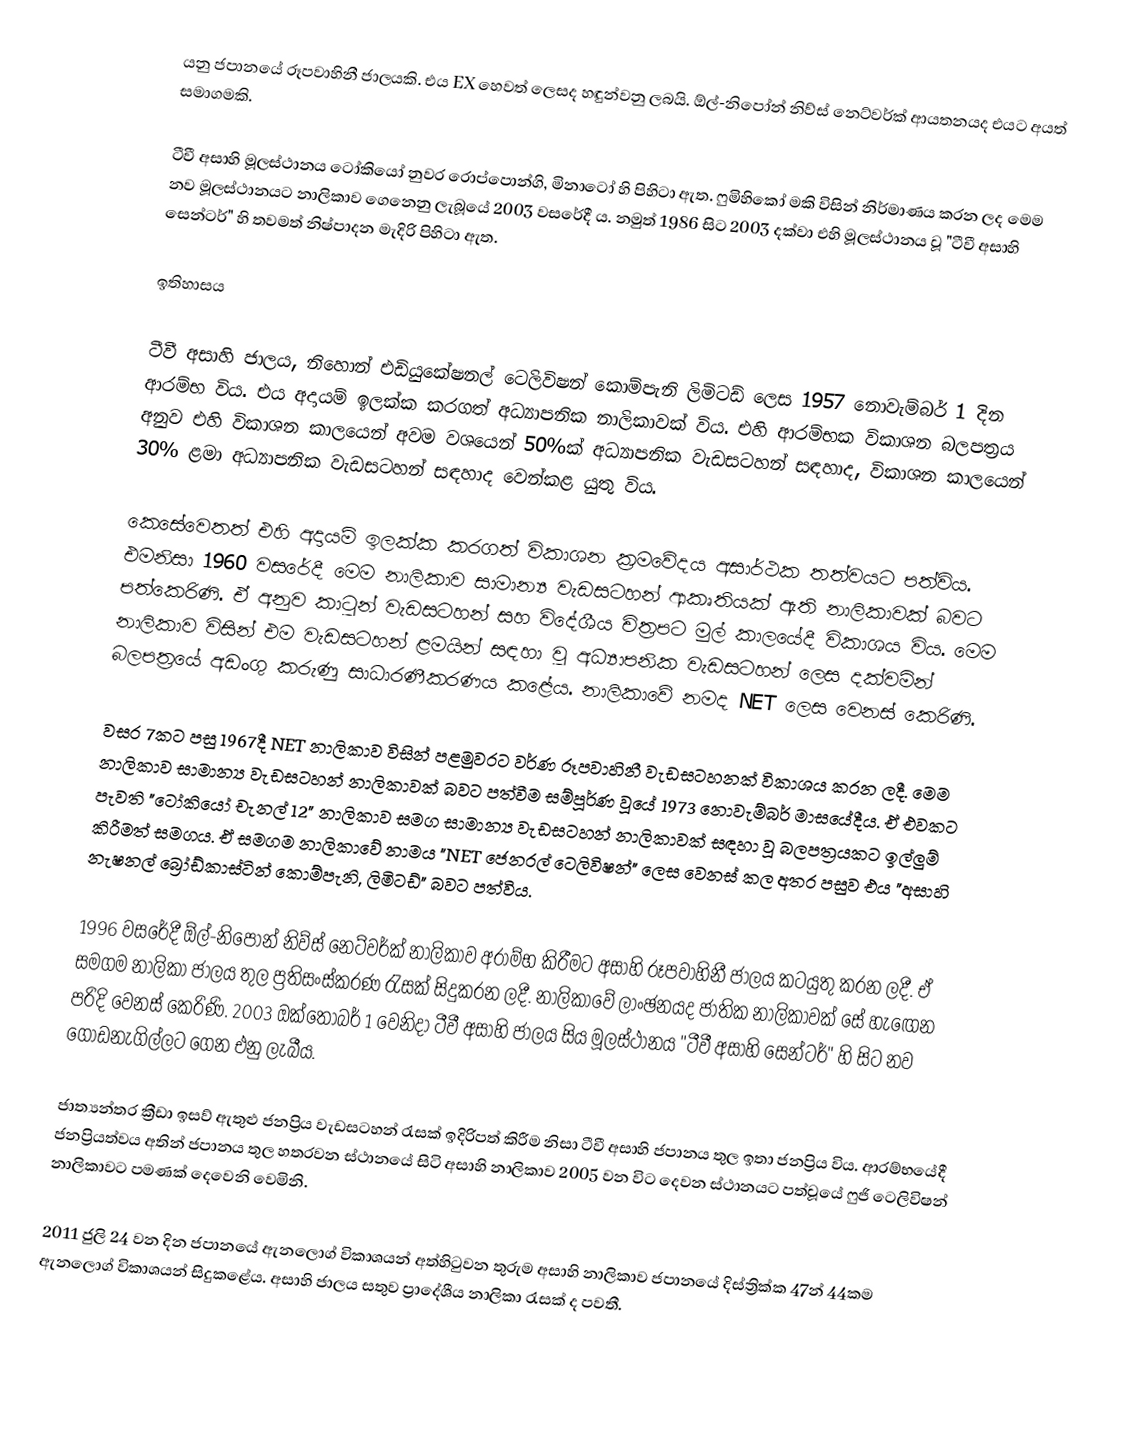
යනු ජපානයේ රූපවාහිනී ජාලයකි. එය EX හෙවත්  ලෙසද හඳුන්වනු ලබයි. ඕල්-නිපෝන් නිව්ස් නෙට්වර්ක් ආයතනයද එයට අයත් සමාගමකි.

ටීවී අසාහි මූලස්ථානය ටෝකියෝ නුවර රොප්පොන්ගි, මිනාටෝ හි පිහිටා ඇත. ෆුමිහිකෝ මකි විසින් නිර්මාණය කරන ලද මෙම නව මූලස්ථානයට නාලිකාව ගෙනෙනු ලැබූයේ 2003 වසරේදී ය. නමුත් 1986 සිට 2003 දක්වා එහි මූලස්ථානය වූ "ටීවී අසාහි සෙන්ටර්" හි තවමත් නිෂ්පාදන මැදිරි පිහිටා ඇත.

ඉතිහාසය

ටීවී අසාහි ජාලය, නිහොන් එඩියුකේෂනල් ටෙලිවිෂන් කොම්පැනි ලිමිටඩ් ලෙස 1957 නොවැම්බර් 1 දින ආරම්භ විය. එය අදායම් ඉලක්ක කරගත් අධ්‍යාපනික නාලිකාවක් විය. එහි ආරම්භක විකාශන බලපත්‍රය අනුව එහි විකාශන කාලයෙන් අවම වශයෙන් 50%ක් අධ්‍යාපනික වැඩසටහන් සඳහාද, විකාශන කාලයෙන් 30% ළමා අධ්‍යාපනික වැඩසටහන් සඳහාද වෙන්කළ යුතු විය.

කෙසේවෙතත් එහි අදායම් ඉලක්ක කරගත් විකාශන ක්‍රමවේදය අසාර්ථක තත්වයට පත්විය. එමනිසා 1960 වසරේදී මෙම නාලිකාව සාමාන්‍ය වැඩසටහන් ආකෘතියක් ඇති නාලිකාවක් බවට පත්කෙරිණි. ඒ අනුව කාටූන් වැඩසටහන් සහ විදේශීය චිත්‍රපට මුල් කාලයේදී විකාශය විය. මෙම නාලිකාව විසින් එම වැඩසටහන් ළමයින් සඳහා වූ අධ්‍යාපනික වැඩසටහන් ලෙස දක්වමින් බලපත්‍රයේ අඩංගු කරුණු සාධාරණීකරණය කළේය. නාලිකාවේ නමද NET ලෙස වෙනස් කෙරිණි.

වසර 7කට පසු 1967දී NET නාලිකාව විසින් පළමුවරට වර්ණ රූපවාහිනී වැඩසටහනක් විකාශය කරන ලදී. මෙම නාලිකාව සාමාන්‍ය වැඩසටහන් නාලිකාවක් බවට පත්වීම සම්පූර්ණ වූයේ 1973 නොවැම්බර් මාසයේදීය. ඒ එවකට පැවති "ටෝකියෝ චැනල් 12" නාලිකාව සමග සාමාන්‍ය වැඩසටහන් නාලිකාවක් සඳහා වූ බලපත්‍රයකට ඉල්ලුම් කිරීමත් සමගය. ඒ සමගම නාලිකාවේ නාමය "NET ජෙනරල් ටෙලිවිෂන්" ලෙස වෙනස් කල අතර පසුව එය "අසාහි නැෂනල් බ්‍රෝඩ්කාස්ටින් කොම්පැනි, ලිමිටඩ්" බවට පත්විය.

1996 වසරේදී ඕල්-නිපොන් නිව්ස් නෙට්වර්ක් නාලිකාව අරාම්භ කිරීමට අසාහි රූපවාහිනී ජාලය කටයුතු කරන ලදී. ඒ සමගම නාලිකා ජාලය තුල ප්‍රතිසංස්කරණ රැසක් සිදුකරන ලදී. නාලිකාවේ ලාංඡනයද ජාතික නාලිකාවක් සේ හැඟෙන පරිදි වෙනස් කෙරිණි. 2003 ඔක්තෝබර් 1 වෙනිදා ටීවී අසාහි ජාලය සිය මූලස්ථානය "ටීවී අසාහි සෙන්ටර්" හි සිට නව ගොඩනැගිල්ලට ගෙන එනු ලැබීය.

ජාත්‍යන්තර ක්‍රීඩා ඉසව් ඇතුළු ජනප්‍රිය වැඩසටහන් රැසක් ඉදිරිපත් කිරීම නිසා ටීවී අසාහි ජපානය තුල ඉතා ජනප්‍රිය විය. ආරම්භයේදී ජනප්‍රියත්වය අතින් ජපානය තුල හතරවන ස්ථානයේ සිටි අසාහි නාලිකාව 2005 වන විට දෙවන ස්ථානයට පත්වූයේ ෆුජි ටෙලිවිෂන් නාලිකාවට පමණක් දෙවෙනි වෙමිනි.

2011 ජුලි 24 වන දින ජපානයේ ඇනලොග් විකාශයන් අත්හිටුවන තුරුම අසාහි නාලිකාව ජපානයේ දිස්ත්‍රික්ක 47න්  44කම ඇනලොග් විකාශයන් සිදුකළේය. අසාහි ජාලය සතුව ප්‍රාදේශීය නාලිකා රැසක් ද  පවතී.